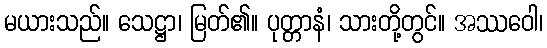
မယားသည်။ သေဋ္ဌာ၊ မြတ်၏။ ပုတ္တာနံ၊ သားတို့တွင်။ အဿဝေါ၊